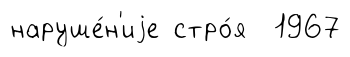
наруше́н'иjе стро́я 1967